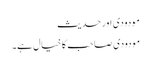
مودودی اور حدیث
مودودی صاحب کا خیال ہے۔